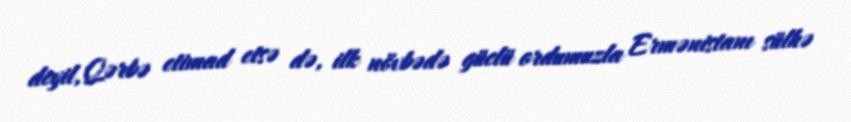
deyil, Qərbə etimad etsə də, ilk növbədə güclü ordumuzla Ermənistanı sülhə